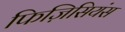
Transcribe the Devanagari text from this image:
फिज़िसियंस